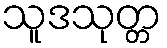
သူဒသုတ္တ